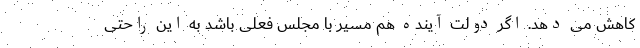
کاهش می دهد. اگر دولت آینده هم مسیر با مجلس فعلی باشد به این راحتی